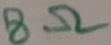
Text: 8Ω